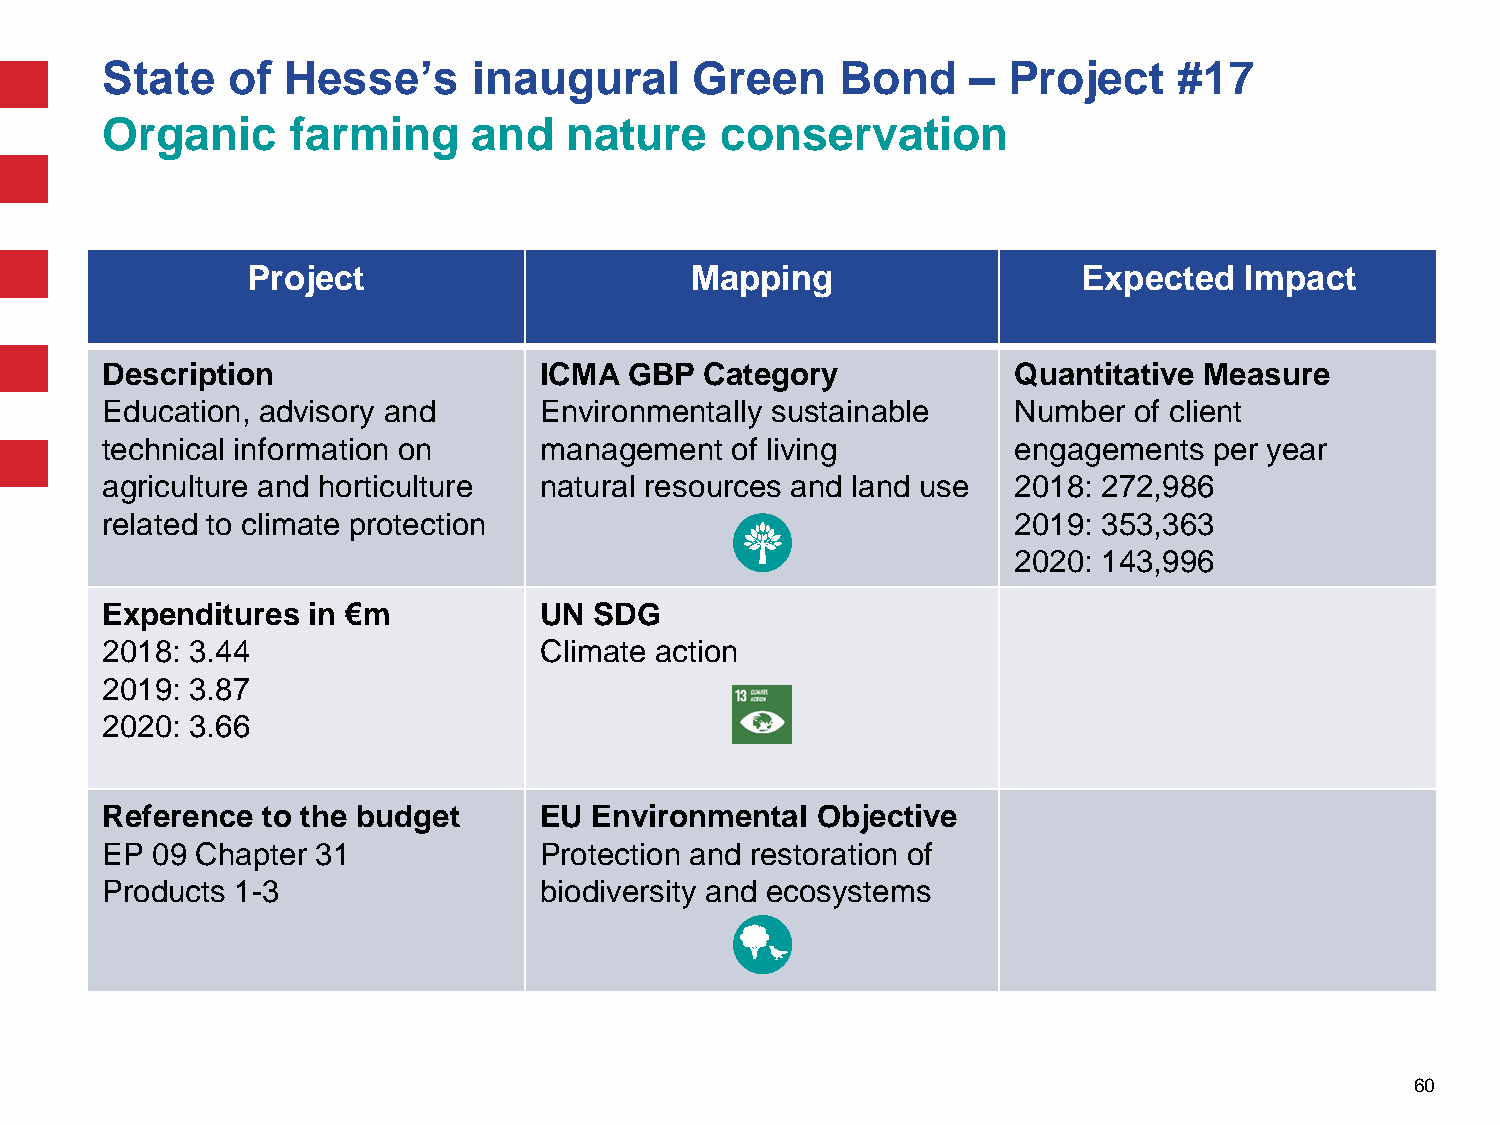
State   of  Hesse’s     inaugural      Green     Bond    –  Project    #17
 Organic     farming     and   nature     conservation
 Project                       Mapping                   Expected  Impact
 Description                  ICMA  GBP  Category            Quantitative Measure
 Education, advisory and      Environmentally sustainable    Number  of client
 technical information on     management  of living          engagements  per year
 agriculture and horticulture natural resources and land use 2018: 272,986
 related to climate protection                               2019: 353,363
 2020: 143,996
 Expenditures in €m           UN SDG
 2018: 3.44                   Climate action
 2019: 3.87
 2020: 3.66
 Reference to the budget      EU Environmental  Objective
 EP 09 Chapter 31             Protection and restoration of
 Products 1-3                 biodiversity and ecosystems
 60